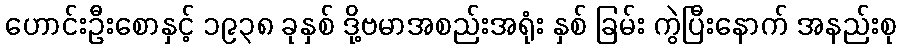
ဟောင်းဦးစောနှင့် ၁၉၃၈ ခုနှစ် ဒို့ဗမာအစည်းအရုံး နှစ် ခြမ်း ကွဲပြီးနောက် အနည်းစု